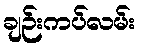
ချဉ်းကပ်လမ်း